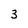
Character: 3